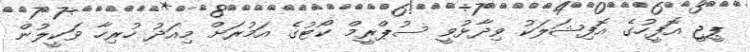
ޕީޖީ އޮފީހުގެ އޮފިޝަލަކު ވިދާޅުވީ ސުޕްރީމް ކޯޓުގެ އަމުރަށް މިއަދު ހުރިހާ ވަކީލުން